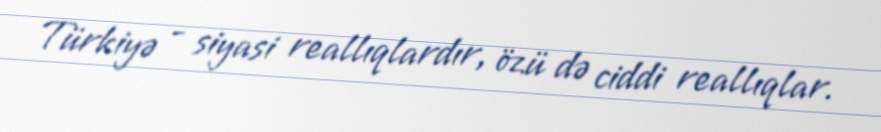
Türkiyə - siyasi reallıqlardır, özü də ciddi reallıqlar.